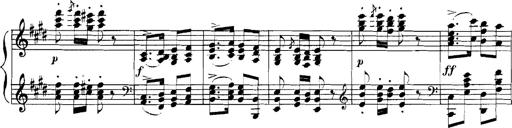
Title: Rhapsodies hongroises
Composer: Franz Liszt